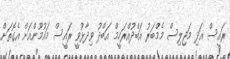
ރައީސް އަދި މަޖިލިސް މެމްބަރު އަބްދުއްރަހީމް އަބްދު ވިދާޅުވީ ރައީސް މައުމޫންއަށް އެގޮތަށް